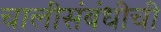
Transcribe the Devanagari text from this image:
चालींसंबंधीची